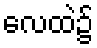
လေထဲ၌